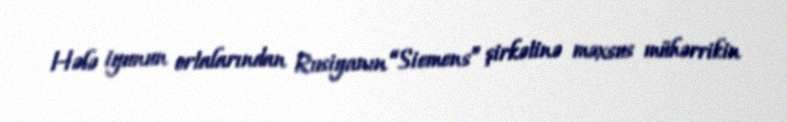
Hələ iyunun ortalarından Rusiyanın “Siemens” şirkətinə məxsus mühərrikin